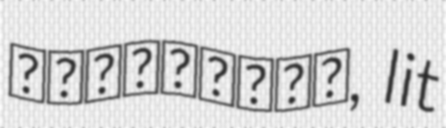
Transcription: そんなんじゃねえよ, lit